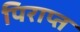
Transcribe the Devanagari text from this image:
पिराप्त